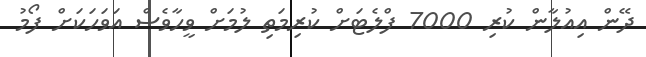
ދޭން އިއުލާން ކުރި 7000 ފްލެޓަށް ކުރިމަތި ލުމަށް ވީހާވެސް އަވަހަކަަށް ފޯމު